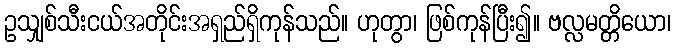
ဥသျှစ်သီးငယ်အတိုင်းအရှည်ရှိကုန်သည်။ ဟုတွာ၊ ဖြစ်ကုန်ပြီး၍။ ဗလ္လမတ္တိယော၊